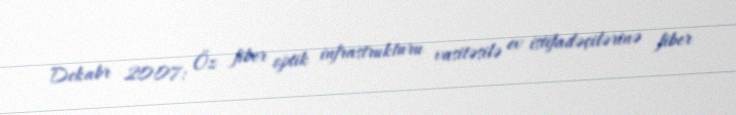
Dekabr 2007: Öz fiber optik infrastrukturu vasitəsilə ev istifadəçilərinə fiber